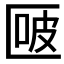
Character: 𰅬